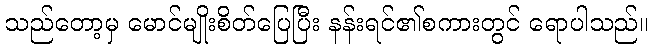
သည်တော့မှ မောင်မျိုးစိတ်ပြေပြီး နန်းရင်၏စကားတွင် ရောပါသည်။